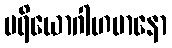
ပရိယောဂါဟမာနော